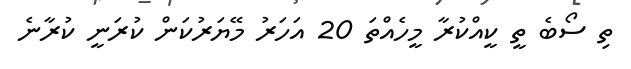
ތި ސޯބެ ތީ ކީއްކުރާ މީހެއްތަ 20 އަހަރު މޭޔަރުކަން ކުރަނީ ކުރާނެ